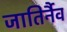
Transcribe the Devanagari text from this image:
जातिर्नैव